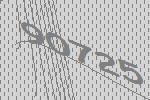
90725